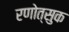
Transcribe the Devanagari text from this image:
रणोत्सुक